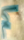
كم